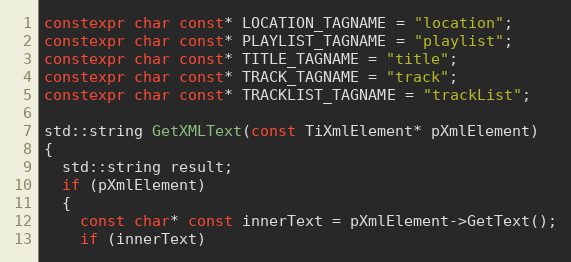
Language: C++
constexpr char const* LOCATION_TAGNAME = "location";
constexpr char const* PLAYLIST_TAGNAME = "playlist";
constexpr char const* TITLE_TAGNAME = "title";
constexpr char const* TRACK_TAGNAME = "track";
constexpr char const* TRACKLIST_TAGNAME = "trackList";

std::string GetXMLText(const TiXmlElement* pXmlElement)
{
  std::string result;
  if (pXmlElement)
  {
    const char* const innerText = pXmlElement->GetText();
    if (innerText)